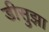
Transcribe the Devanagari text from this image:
डीसुझा